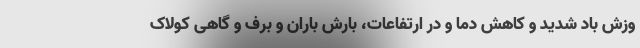
وزش باد شدید و کاهش دما و در ارتفاعات، بارش باران و برف و گاهی کولاک